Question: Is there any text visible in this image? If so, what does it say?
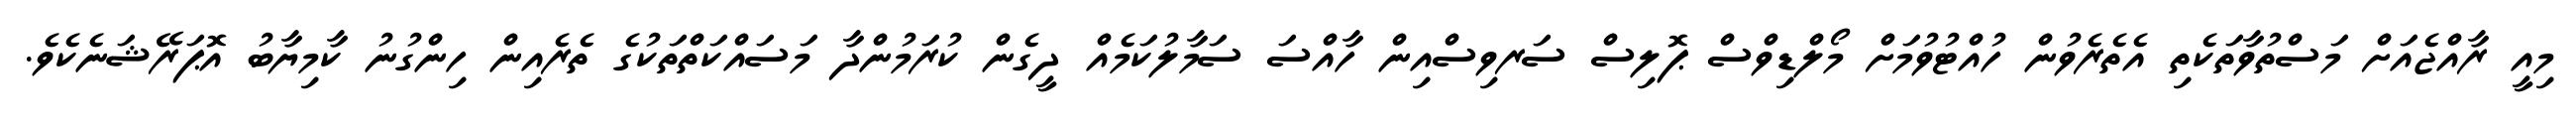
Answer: މިއީ ރާއްޖެއަށް މަސްތުވާތަކެތި އެތެރެވުން ހުއްޓުވުމަށް މޯލްޑިވްސް ޕޮލިސް ސަރވިސްއިން ހާއްސަ ސަމާލުކަމެއް ދީގެން ކުރަމުންދާ މަސައްކަތްތަކުގެ ތެރެއިން ހިންގުނު ކާމިޔާބު އޮޕަރޭޝަނެކެވެ.